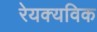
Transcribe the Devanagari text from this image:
रेयक्यविक